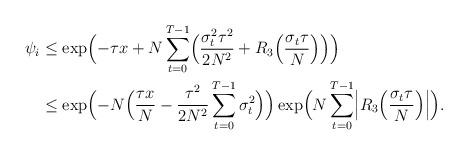
LaTeX: \begin{align*}\psi_i &\leq\exp \Bigl(-\tau x + N \sum_{t=0}^{T-1}\Bigl( \frac{\sigma_t^2\tau^2}{2N^2} + R_3 \Bigl(\frac{\sigma_t\tau}{N} \Bigr) \Bigr) \Bigr) \\&\leq \exp \Bigl(-N \Bigl( \frac{\tau x}{N} - \frac{\tau^2}{2N^2} \sum_{t=0}^{T-1} \sigma_t^2 \Bigr) \Bigr) \exp \Bigl( N \sum_{t=0}^{T-1} \Bigl| R_3 \Bigl(\frac{\sigma_t \tau}{N} \Bigr) \Bigr| \Bigr) .\end{align*}